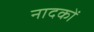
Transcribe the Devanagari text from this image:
नादकों